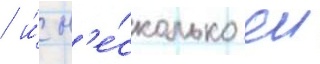
/ и́ н'е́сколько еи